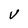
Character: V